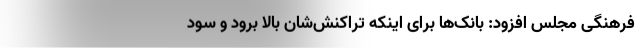
فرهنگی مجلس افزود: بانک‌ها برای اینکه تراکنش‌شان بالا برود و سود